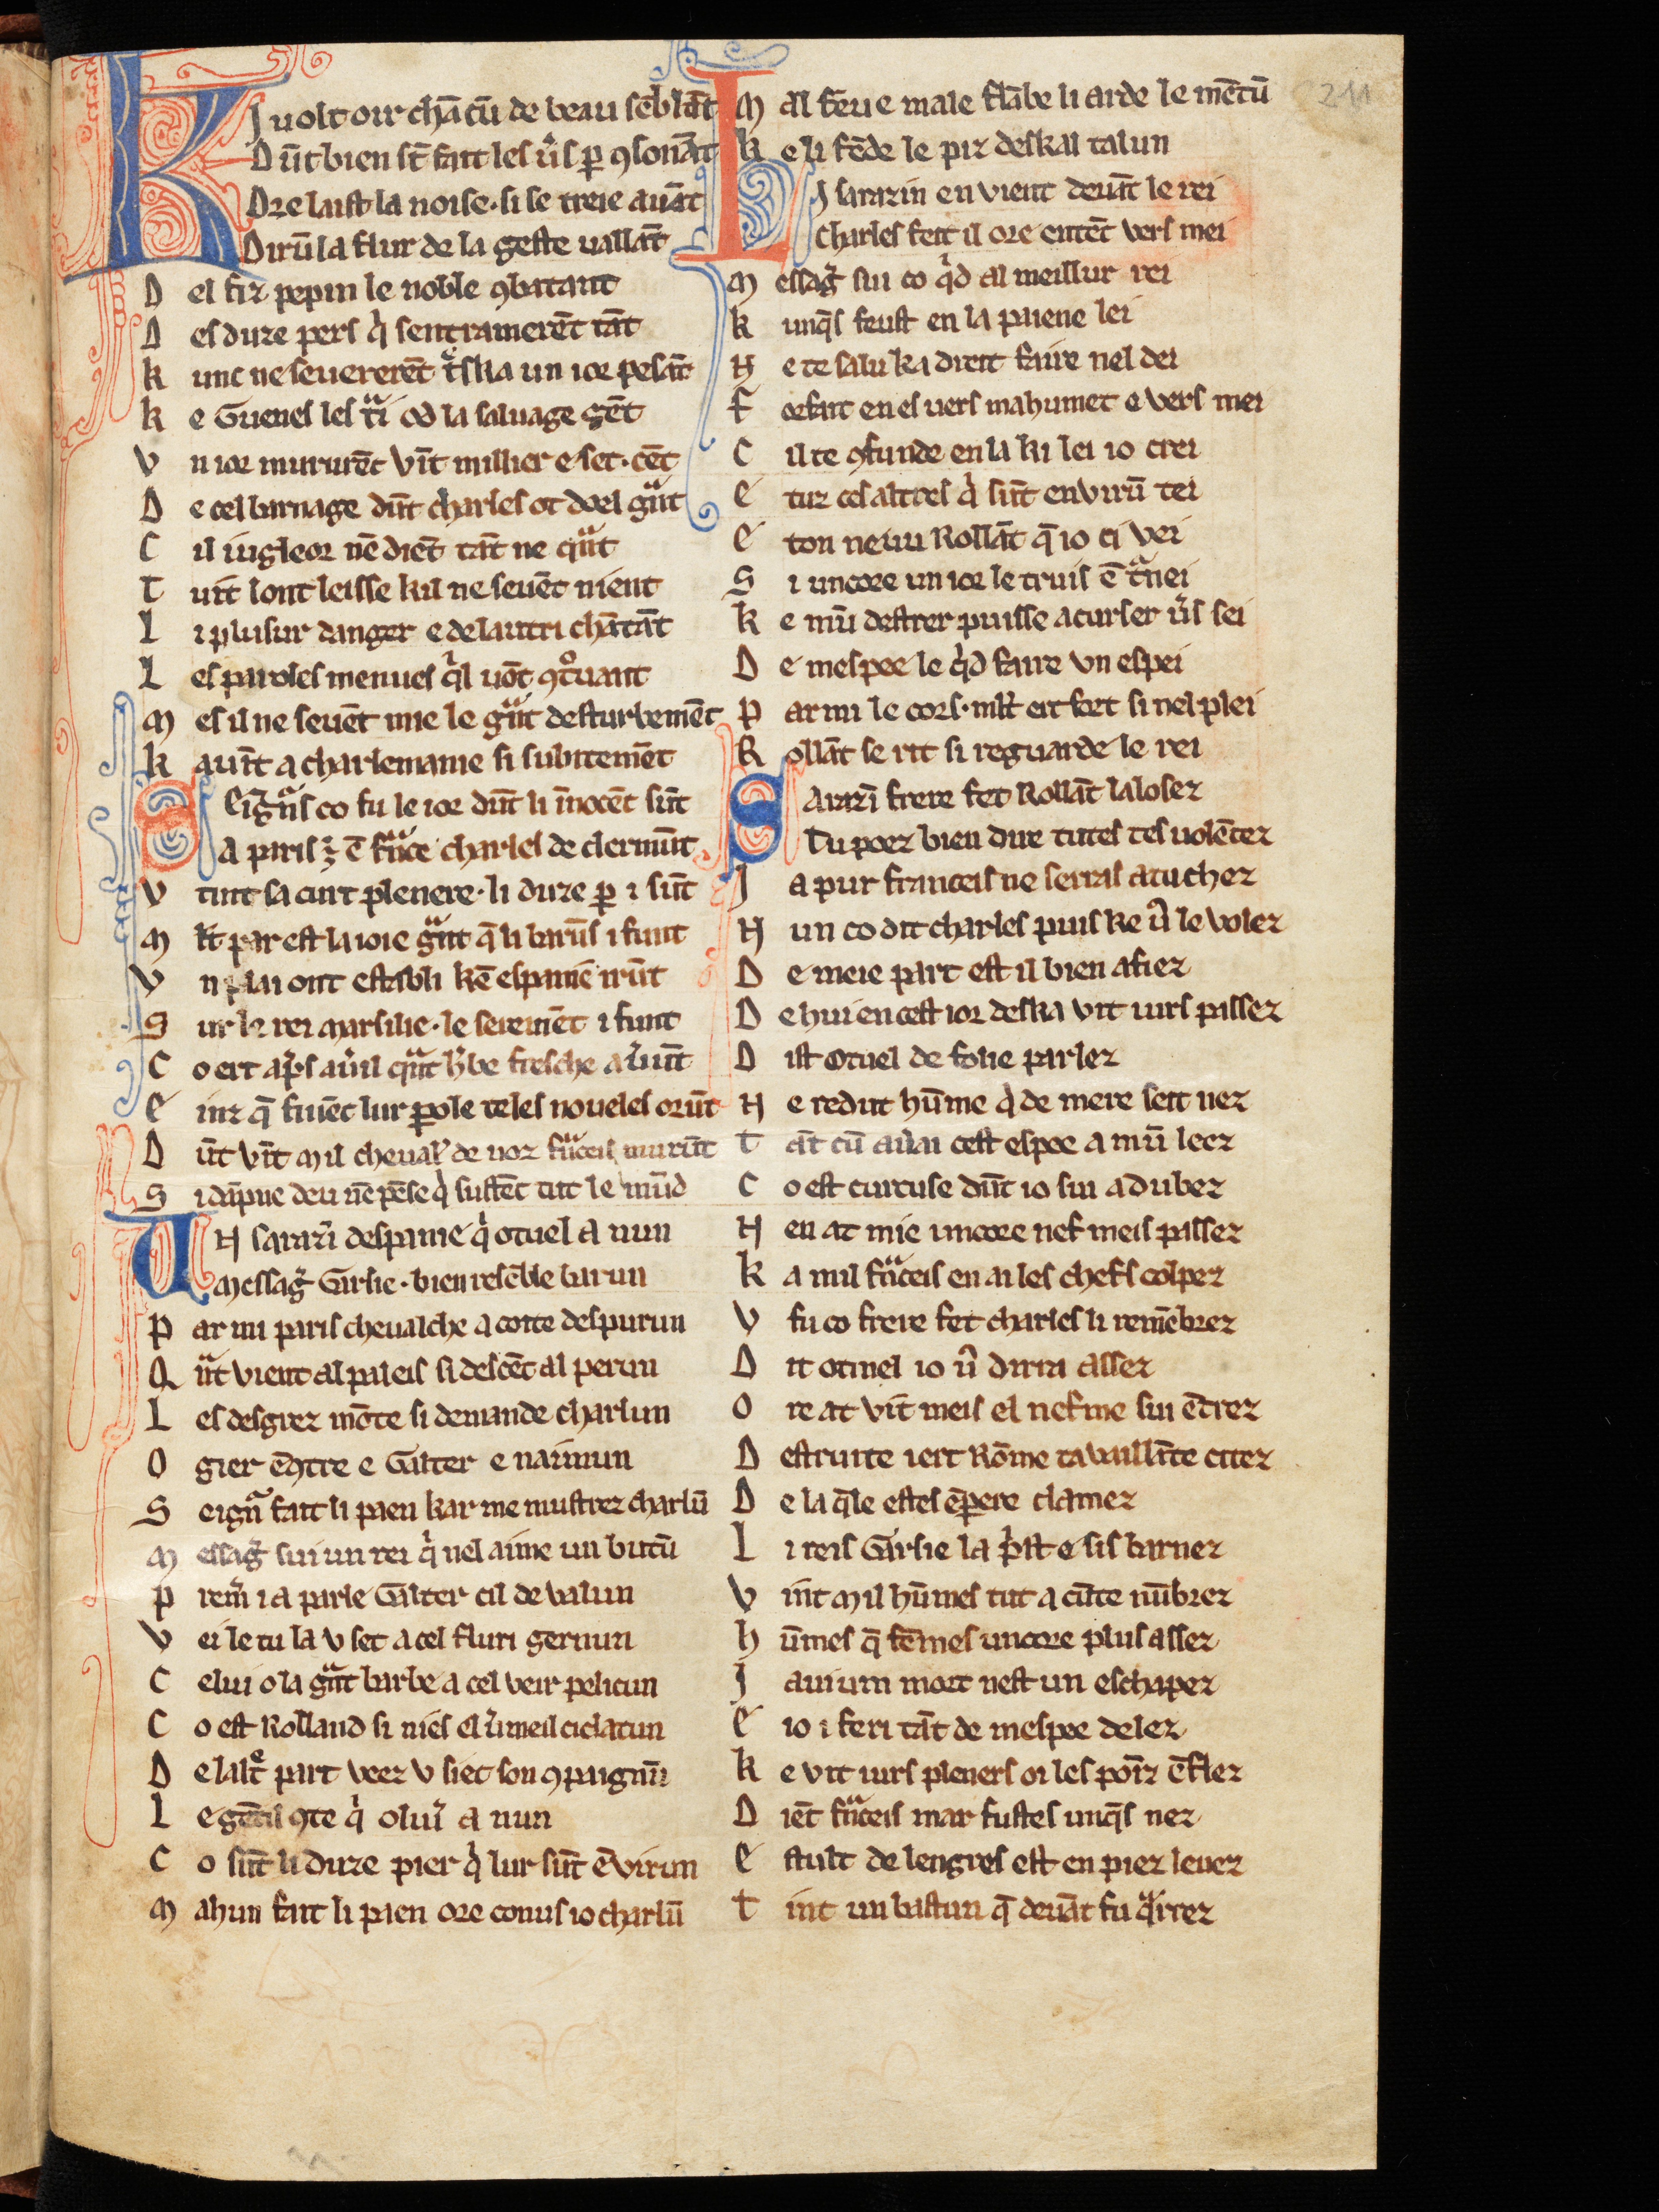
Shelfmark: Cologne, Bodmer, 168
Century: 13